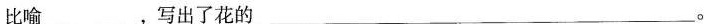
比喻___ ，写出了花的___ 。